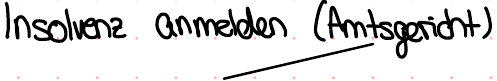
Insolvenz anmelden (Amtsgericht)